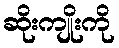
ဆိုးကျိုးကို